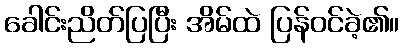
ခေါင်းညိတ်ပြပြီး အိမ်ထဲ ပြန်ဝင်ခဲ့၏။